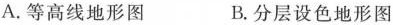
A. 等高线地形图 B. 分层设色地形图